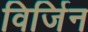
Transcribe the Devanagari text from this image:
विर्जिन